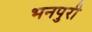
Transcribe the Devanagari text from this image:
भनपुरी